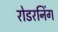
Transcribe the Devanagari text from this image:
रोडरनिंग